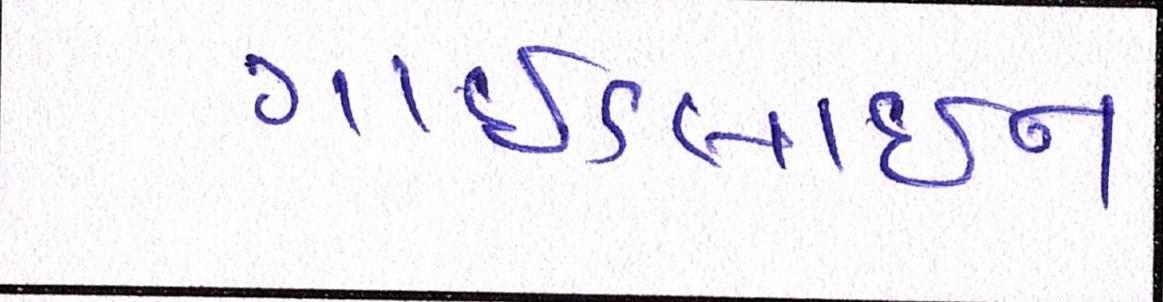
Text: ગાઈડલાઈન